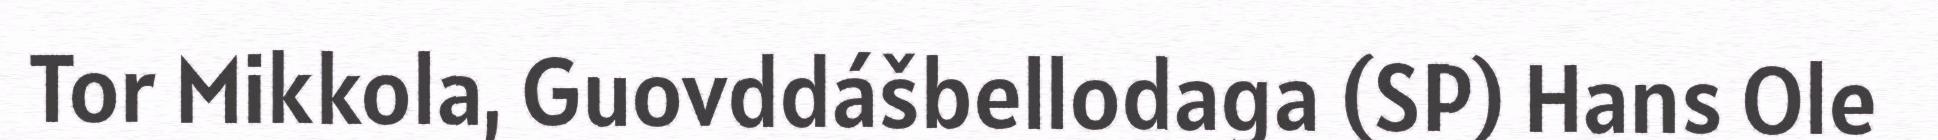
Tor Mikkola, Guovddášbellodaga (SP) Hans Ole